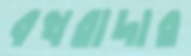
বখরাদার